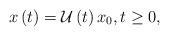
LaTeX: \begin{align*}{{x}}\left(t\right)=\mathcal{U}\left(t\right)x_0,t\ge 0,\end{align*}